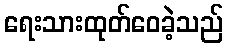
ရေးသားထုတ်ဝေခဲ့သည်